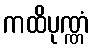
ကထိပုဏ္ဏံ